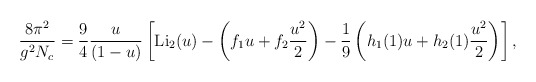
\begin{align*}{8\pi^2 \over g^2N_c} = {9\over4}{u\over (1-u)}\left[{\rm Li}_2(u) - \left(f_1u+f_2{u^2\over2}\right)-{1\over9}\left(h_1(1)u+h_2(1){u^2\over2}\right)\right],\end{align*}